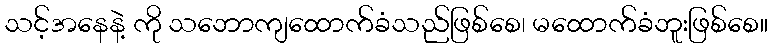
သင့်အနေနဲ့ ကို သဘောကျထောက်ခံသည်ဖြစ်စေ၊ မထောက်ခံဘူးဖြစ်စေ။